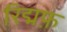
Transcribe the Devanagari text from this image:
रिद्मफ़